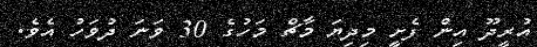
އުރީދޫ އިން ފެށީ މިދިޔަ މާޗް މަހުގެ 30 ވަނަ ދުވަހު އެވެ.